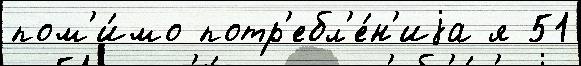
пом'и́мо потр'ебл'е́н'иjа я 51